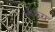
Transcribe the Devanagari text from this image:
स्वीकरा